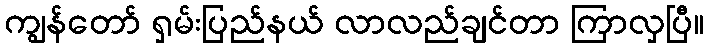
ကျွန်တော် ရှမ်းပြည်နယ် လာလည်ချင်တာ ကြာလှပြီ။